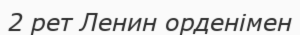
2 рет Ленин орденімен